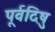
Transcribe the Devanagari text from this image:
पूर्वदिषु